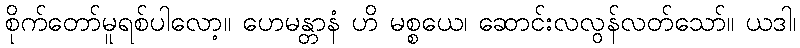
စိုက်တော်မူရစ်ပါလော့။ ဟေမန္တာနံ ဟိ မစ္စယေ၊ ဆောင်းလလွန်လတ်သော်။ ယဒါ၊